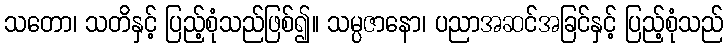
သတော၊ သတိနှင့် ပြည့်စုံသည်ဖြစ်၍။ သမ္ပဇာနော၊ ပညာအဆင်အခြင်နှင့် ပြည့်စုံသည်